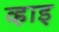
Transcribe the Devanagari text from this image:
व्हाइ